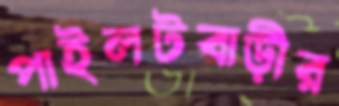
পাইলটবাড়ীর